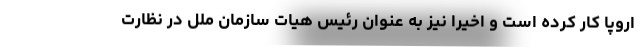
اروپا کار کرده است و اخیرا نیز به عنوان رئیس هیات سازمان ملل در نظارت